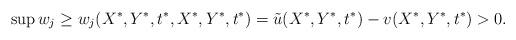
LaTeX: \begin{align*} \sup w_j \geq w_j(X^*, Y^*, t^*,X^*, Y^*, t^*) = \tilde u(X^*, Y^*, t^*) - v(X^*, Y^*, t^*) > 0.\end{align*}